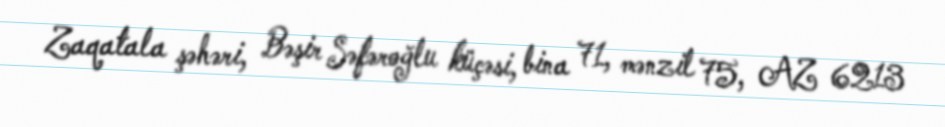
Zaqatala şəhəri, Bəşir Səfəroğlu küçəsi, bina 71, mənzil 75, AZ 6213